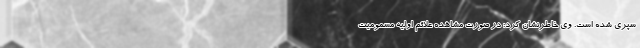
سپری شده است. وی خاطرنشان کرد: در صورت مشاهده علائم اولیه مسمومیت